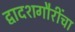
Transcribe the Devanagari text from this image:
द्वादशगौरींचा